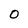
Character: O